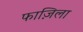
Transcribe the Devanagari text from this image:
फाज़िला